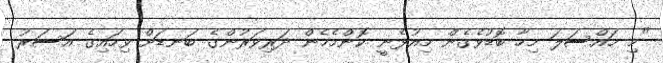
"މި މައްސަލަ މިހާ ބޮޑުވެގެން މިއުޅެނީ ކޮންމެހެން ދަރިވަރުންގެ ބަނޑަށް ވިހައިގެ އަސަރު